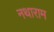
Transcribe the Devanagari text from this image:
नथाराम